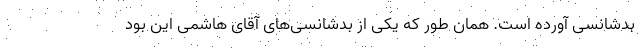
بدشانسی آورده است. همان طور که یکی از بدشانسی‌های آقای هاشمی این بود